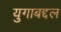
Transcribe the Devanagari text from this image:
युगाबद्दल